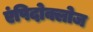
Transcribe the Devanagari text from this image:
एंपिदोक्लोज